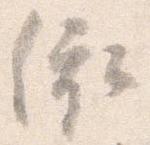
依